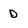
Character: D